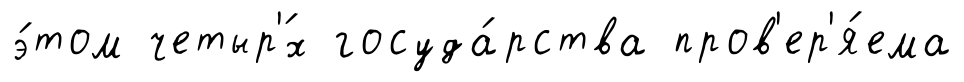
э́том четыр'́х госуда́рства пров'ер'я́ема